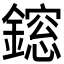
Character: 𨬃